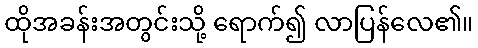
ထိုအခန်းအတွင်းသို့ ရောက်၍ လာပြန်လေ၏။